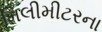
મિલીમીટરના